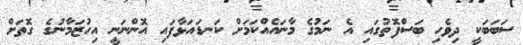
ސަބަބަކީ ދިވެހި ބަސްފޮތުގައި އެ ނަމުގެ މާނައެއްކަމަށް ކަނޑައަޅާފައި އޮންނަނީ އިހުޒަމާނުގެ ގޮތަށް